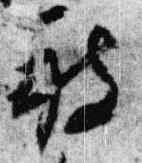
被